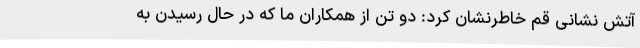
آتش نشانی قم خاطرنشان کرد: دو تن از همکاران ما که در حال رسیدن به